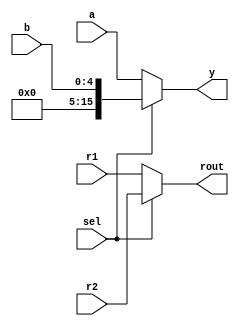
//-----------------------------------------------------------------------------
// Title         : 2-1 multiplexer
//-----------------------------------------------------------------------------

module mux1( sel, a, b, y, r1, r2, rout );
    input sel;
    input [15:0] a;
	input [4:0] b, r1, r2;
	
    output [15:0] y;
	output [4:0] rout;

    assign y = sel ? { {11'b0}, b } : a;
	assign rout = sel ? r2 : r1;
endmodule